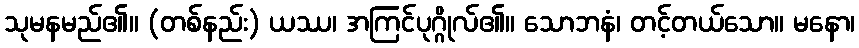
သုမနမည်၏။ (တစ်နည်း) ယဿ၊ အကြင်ပုဂ္ဂိုလ်၏။ သောဘနံ၊ တင့်တယ်သော။ မနော၊